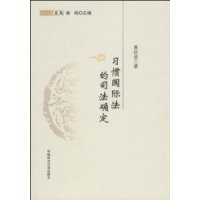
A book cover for customary international law and justice to determine; JIANG SHI BO XIE HUI; Law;